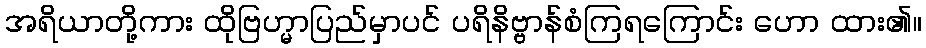
အရိယာတို့ကား ထိုဗြဟ္မာပြည်မှာပင် ပရိနိဗ္ဗာန်စံကြရကြောင်း ဟော ထား၏။